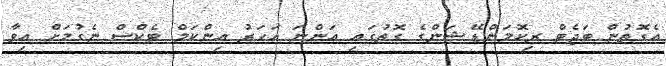
އެގޮތުން ބަޖެޓް ރިކޮމަންޑޭޝަންގެ ގޮތުގައި އަންނަ އަހަރު އިންކަމް ޓެކްސް ނެގުމަށް އިވާ